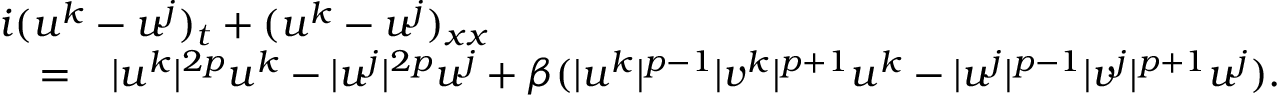
\begin{array} { r l r } { \lefteqn { i ( u ^ { k } - u ^ { j } ) _ { t } + ( u ^ { k } - u ^ { j } ) _ { x x } } } \\ & { = } & { | u ^ { k } | ^ { 2 p } u ^ { k } - | u ^ { j } | ^ { 2 p } u ^ { j } + \beta ( | u ^ { k } | ^ { p - 1 } | v ^ { k } | ^ { p + 1 } u ^ { k } - | u ^ { j } | ^ { p - 1 } | v ^ { j } | ^ { p + 1 } u ^ { j } ) . } \end{array}